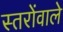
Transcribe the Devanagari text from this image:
स्तरोंवाले